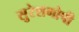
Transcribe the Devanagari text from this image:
सुरेशगोपी